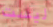
ليست